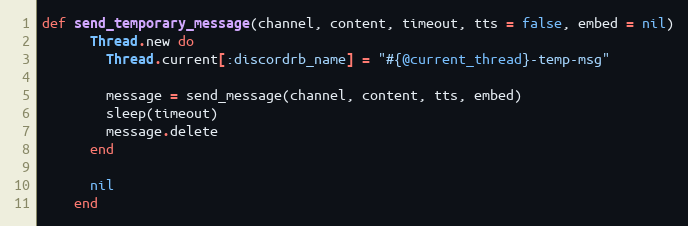
Language: Ruby
def send_temporary_message(channel, content, timeout, tts = false, embed = nil)
      Thread.new do
        Thread.current[:discordrb_name] = "#{@current_thread}-temp-msg"

        message = send_message(channel, content, tts, embed)
        sleep(timeout)
        message.delete
      end

      nil
    end